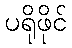
ပရိုဖိုင်